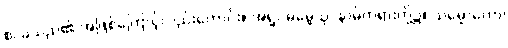
စ၊ ခဲသည်၏ အဖြစ်ကြောင့်လည်းကောင်း။ အရူပဓမ္မေသု၊ နာမ်တရားတို့၌။ သမ္မောဟော၊